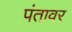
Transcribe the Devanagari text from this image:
पंतावर